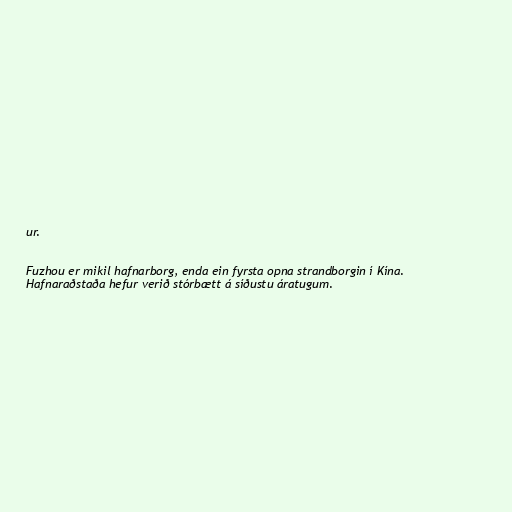
ur.

Fuzhou er mikil hafnarborg, enda ein fyrsta opna strandborgin í Kína.
Hafnaraðstaða hefur verið stórbætt á síðustu áratugum.